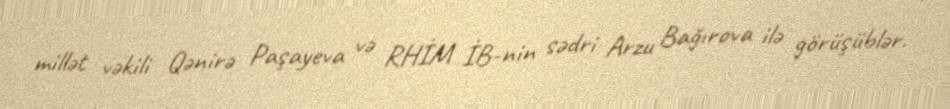
millət vəkili Qənirə Paşayeva və RHİM İB-nin sədri Arzu Bağırova ilə görüşüblər.